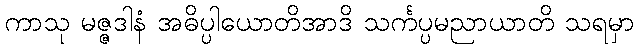
ကာသု မဇ္ဇဒါနံ အဓိပ္ပါယောတိအာဒိ သင်္ကပ္ပမညာယာတိ သရမှာ